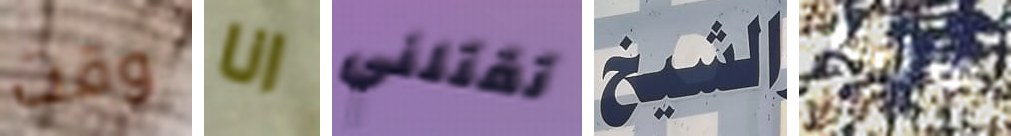
وقت انا تقتلني الشيخ قاربنا